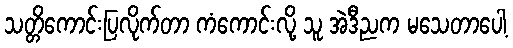
သတ္တိကောင်းပြလိုက်တာ ကံကောင်းလို့ သူ အဲဒီညက မသေတာပေါ့